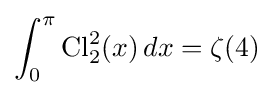
\int _{0}^{\pi }\operatorname {Cl} _{2}^{2}(x)\,dx=\zeta (4)